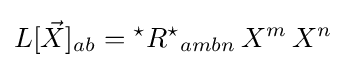
L[{\vec {X}}]_{ab}={{}^{\star }R^{\star }}_{ambn}\,X^{m}\,X^{n}